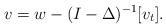
LaTeX: \begin{align*}v=w-(I-\Delta)^{-1}[v_t].\end{align*}